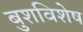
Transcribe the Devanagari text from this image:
बुशविशेष